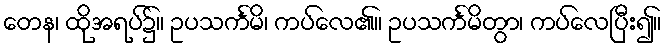
တေန၊ ထိုအရပ်၌။ ဥပသင်္ကမိ၊ ကပ်လေ၏။ ဥပသင်္ကမိတွာ၊ ကပ်လေပြီး၍။